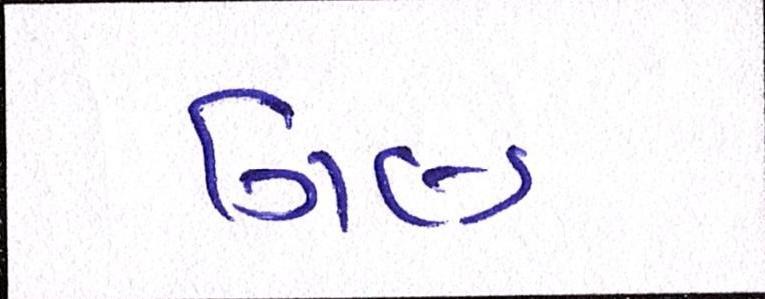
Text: ગિલ્ડ